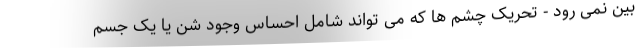
بین نمی رود - تحریک چشم ها که می تواند شامل احساس وجود شن یا یک جسم